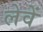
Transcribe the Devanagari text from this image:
लेवें